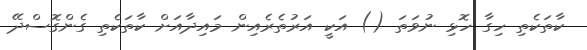
ކާތަކެތި ހިގާ ހޮޅި ނުވަތަ () އަކީ އަރުތެރެއިން މައިދާއަށް ކާތަކެތި ގެންގޮސްދޭ